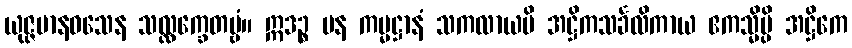
ယုဇ္ဇမာနဝသေန သလ္လက္ခေတဗ္ဗံ။ ဣဒဉ္စ ပန ကမ္မဋ္ဌာနံ သကလာယပိ အဋ္ဌိကသင်္ခလိကာယ ဧကသ္မိမ္ပိ အဋ္ဌိကေ